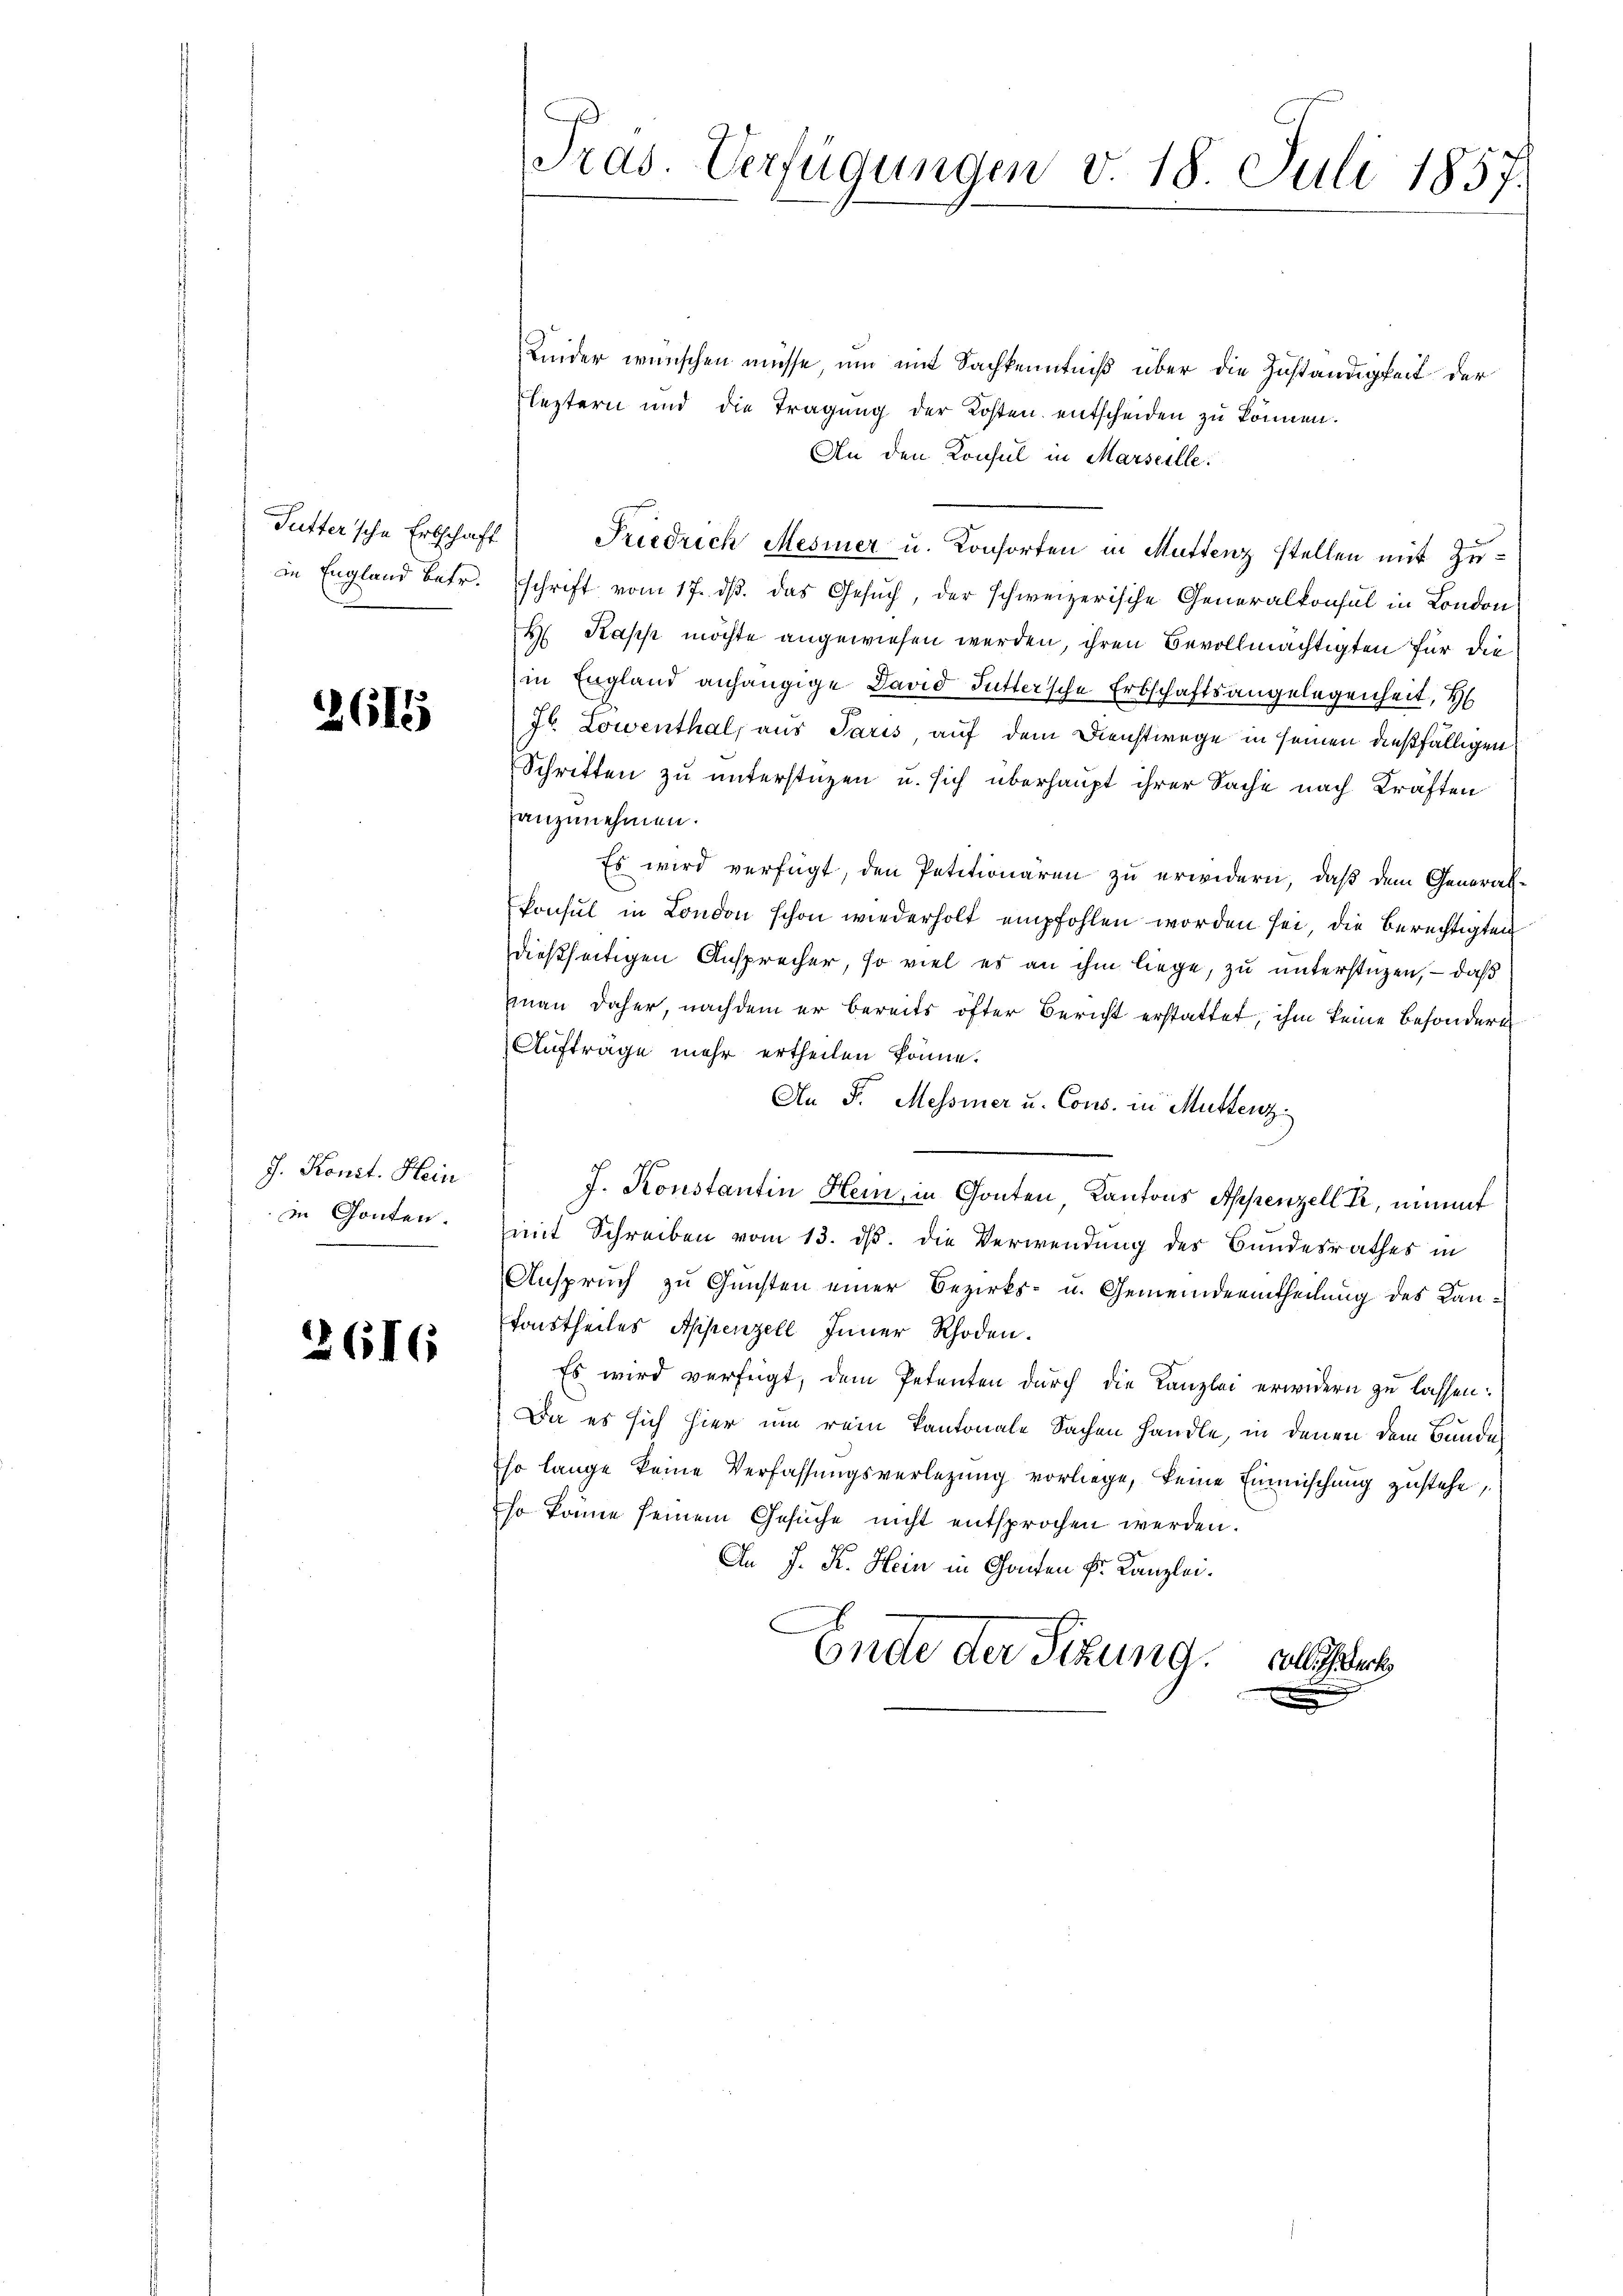
Putter'sche Erbschaft
in England betr.

2615

J. Konit. Hein
in Gonten.

2616.

C
Pras. Verfügungen v. 18. Juli 1857.

Leider wünschen müsse um mit Sachkenntniß über die Zuständigkeit der
Fleztern und die Tragung der Kosten entscheiden zu können.
An den Konsul in Marseille.
Friedrich Mesiner u. Konsorten in Muttenz stellen mit Zuschrift vom 17. ds. das Gesuch, der schweizerische Generalkonsul in London
H Kaps möchte angewiesen werden, ihren Bevollmächtigten für die
in England anhängige David Futtersche Erbschaftsangelegenheit, H
76. Lowenthal, aus Paris auf dem Dienstwege in seinen dießfälligen
Schritten zu unterstüzen u. sich überhaupt ihrer Sache nach Kräften
anzunehmen.
Es wird verfügt, den Petitionären zu erwidern, daß dem Generalkonsul in London schon wiederholt empfohlen worden sei, die Berechtigten
dießseitigen Ansprecher, so viel es an ihm liege, zu unterstüzen, – daß
man daher, nachdem er bereits öfter Bericht erstattet, ihm keine besondere
Aufträge mehr ertheilen könne.
An P. Messiner u. Cons. in Müttenz.
J. Konstantin Hein, in Gonten Kantons Appenzell Kr, nimmt
(mit Schreiben vom 13. ds. die Verwendung des Bundesrathes in
Anspruch zu Gunsten einer Bezirks- u. Gemeindeeintheilung des Kan¬
Faustheiles Appenzell Appenzell.
Es wird verfügt, dem Petenten durch die Kanzlei erwidern zu lassen:
Da es sich hier um rein Kantonale Sachen handle, in denen dem Bunde
so lange keine Verfassungsverlegung vorliege, keine Einmischung zustehe,
so könne seinem Gesuche nicht entsprochen werden.
An J. K. Hein in Ganten Fr. Kanzlei.
Ende der Sitzung.
Colliserk